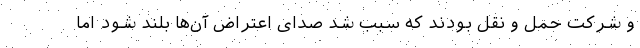
و شرکت‌ حمل و نقل بودند که سبب شد صدای اعتراض ‌آن‌ها بلند شود اما